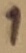
Text: 1